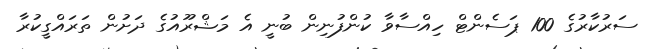
ސަރުކާރުގެ 100 ޕަސެންޓް ހިއްސާވާ ކުންފުނިން ބުނީ އެ މަޝްރޫއުގެ ދަށުން ތަރައްގީކުރާ